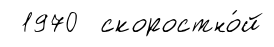
1970 скоростно́й